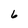
Character: 6